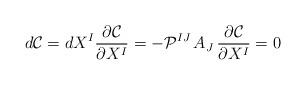
LaTeX: \begin{align*}d\mathcal{C}=dX^{I}\frac{\partial \mathcal{C}}{\partial X^{I}}=-\mathcal{P}^{IJ}\, A_{J}\, \frac{\partial \mathcal{C}}{\partial X^{I}}=0\end{align*}